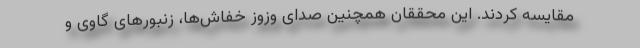
مقایسه کردند. این محققان همچنین صدای وزوز خفاش‌ها، زنبورهای گاوی و